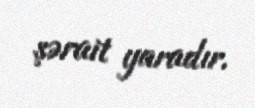
şərait yaradır.